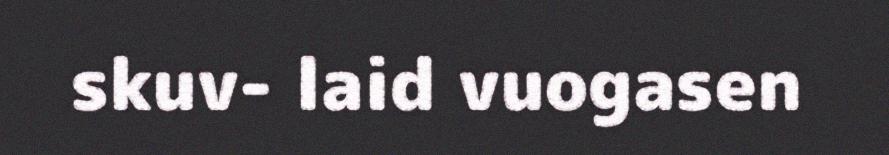
skuv- laid vuogasen